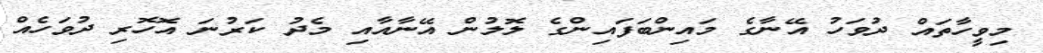
މިވީހާތައް ދުވަހު އޭނާގެ މައިންބަފައިންގެ ލޮލުން އޭނާއާއި މެދު ކަރުނަ އޮހޮރި ދުވަހެއް